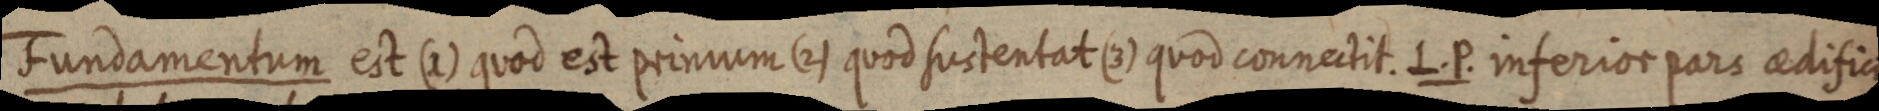
Fundamentum est (x) quod est primum (2) quod sustentat (3) quod connectit. L.P. inferior pars aedificii,